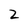
Character: 2